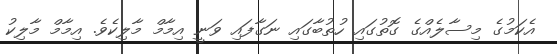
އެކަމުގެ މިސާލެއްގެ ގޮތުގައި ހުތުބާގައި ނަގާފައި ވަނީ އިމާމް މާލިކެވެ. އިމާމް މާލިކު